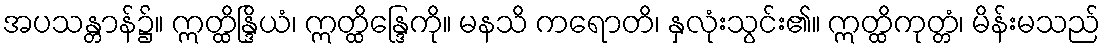
အပသန္တာန်၌။ ဣတ္ထိန္ဒြိယံ၊ ဣတ္ထိန္ဒြေကို။ မနသိ ကရောတိ၊ နှလုံးသွင်း၏။ ဣတ္ထိကုတ္တံ၊ မိန်းမသည်